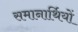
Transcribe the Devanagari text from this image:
समानार्थियों